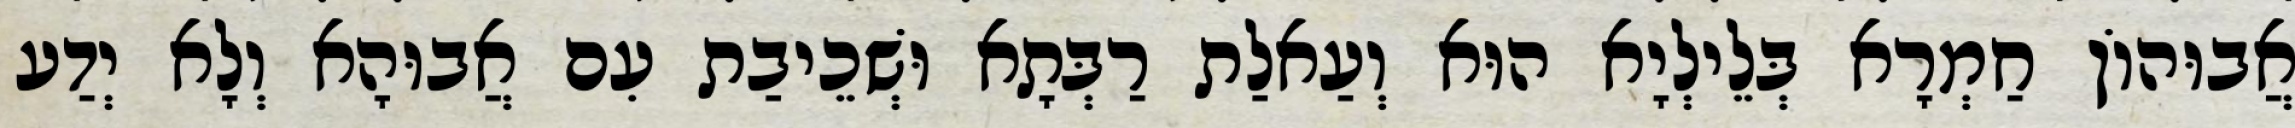
אֲבוּהוֹן חַמְרָא בְּלֵילְיָא הוּא וְעַאלַת רַבְּתָא וּשְׁכֵיבַת עִם אֲבוּהָא וְלָא יְדַע